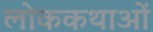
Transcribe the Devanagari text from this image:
लोककथाआें